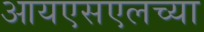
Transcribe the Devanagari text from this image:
आयएसएलच्या